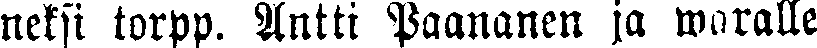
neksi torpp. Antti Paananen ja waralle